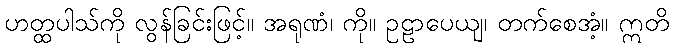
ဟတ္ထပါသ်ကို လွန်ခြင်းဖြင့်။ အရုဏံ၊ ကို။ ဥဠာပေယျ၊ တက်စေအံ့။ ဣတိ